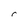
Character: r